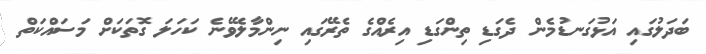
ބަދަލުގައި އަޅުގަނޑުމެން ދެގަޑި ތިންގަޑި އިރެއްގެ ތެރޭގައި ނިންމާލެވޭނެ ކަހަލަ ގޮތަކަށް މަސައްކަތް